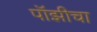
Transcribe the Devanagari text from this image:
पॉझीचा